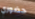
حضوري